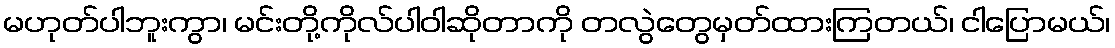
မဟုတ်ပါဘူးကွာ၊ မင်းတို့ကိုလ်ပါဝါဆိုတာကို တလွဲတွေမှတ်ထားကြတယ်၊ ငါပြောမယ်၊